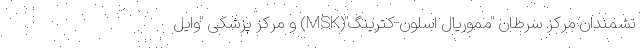
نشمندان مرکز سرطان "مموریال اسلون-کترینگ"(MSK) و مرکز پزشکی "وایل